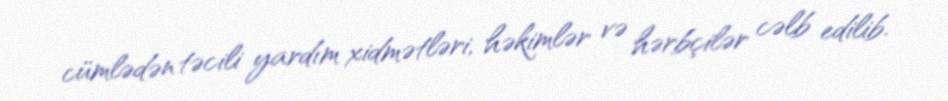
cümlədən təcili yardım xidmətləri, həkimlər və hərbçilər cəlb edilib.